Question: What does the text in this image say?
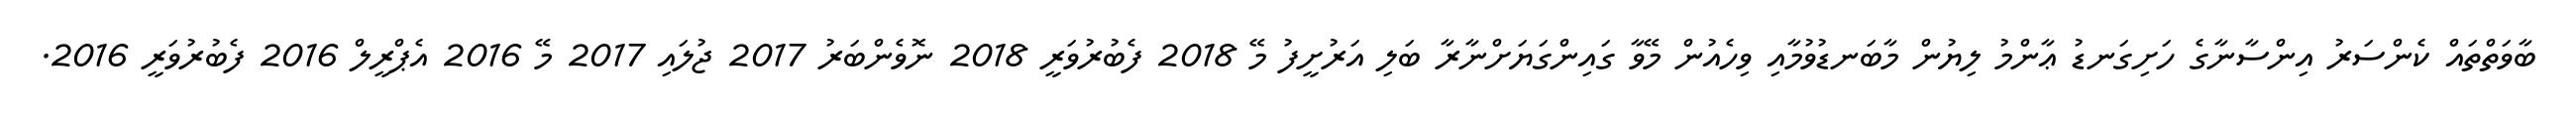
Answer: ބާވަތްތައް ކެންސަރު އިންސާނާގެ ހަށިގަނޑު ޢާންމު ލިޔުން މާބަނޑުވުމާއި ވިހެއުން މޭވާ ގައިންގަޔަށްނާރާ ބަލި އަރުށީފު މޭ 2018 ފެބުރުވަރީ 2018 ނޮވެންބަރު 2017 ޖުލައި 2017 މޭ 2016 އެޕްރީލް 2016 ފެބުރުވަރީ 2016.